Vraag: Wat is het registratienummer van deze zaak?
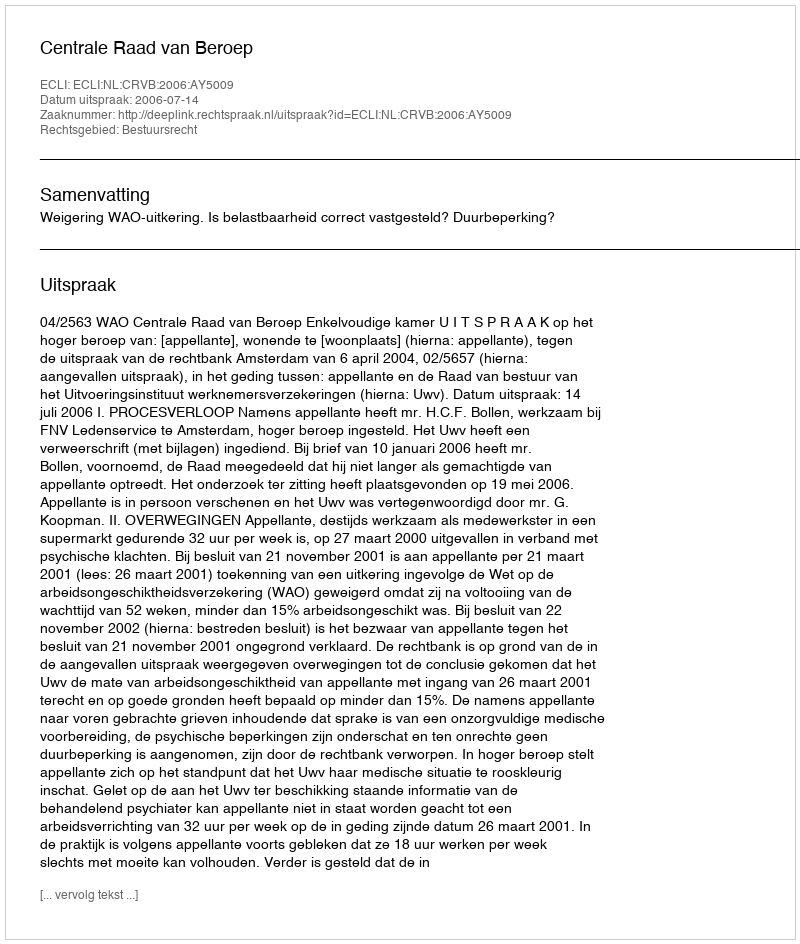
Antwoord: http://deeplink.rechtspraak.nl/uitspraak?id=ECLI:NL:CRVB:2006:AY5009